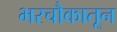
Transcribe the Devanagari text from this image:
भरचौकातून